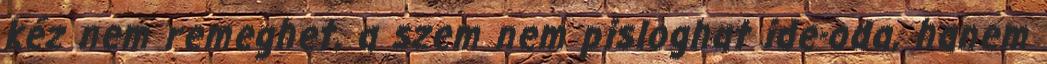
kéz nem remeghet, a szem nem pisloghat ide-oda, hanem